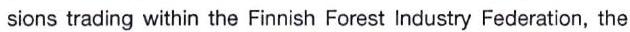
sions trading within the Finnish Forest Industry Federation, the